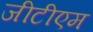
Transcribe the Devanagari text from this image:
जीटीएम